Indian journal of veterinary science and animal husbandry - Volumes 18-21, 1948-1951
Year: 1948
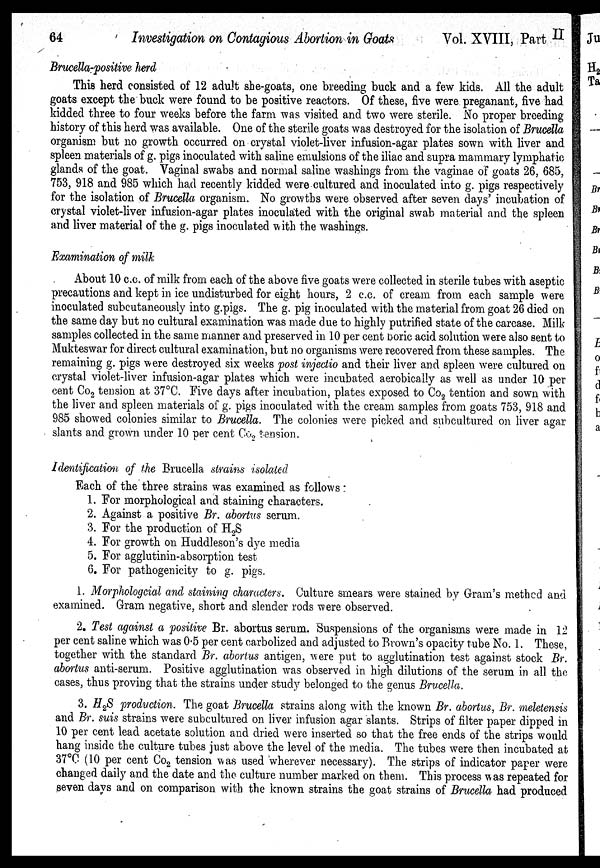
64
Investigation on Contagious Abortion in
Goats
Vol. XVIII, Part II
Brucella-positive herd
This herd consisted of 12 adult she-goats, one breeding buck and a few kids. All the adult
goats except the buck were found to be positive reactors. Of these, five were preganant, five had
kidded three to four weeks before the farm was visited and two were sterile. No proper breeding
history of this herd was available. One of the sterile goats was destroyed for the isolation of Brucella
organism but no growth occurred on crystal violet-liver infusion-agar plates sown with liver and
spleen materials of g. pigs inoculated with saline emulsions of the iliac and supra mammary lymphatic
glands of the goat. Vaginal swabs and normal saline washings from the vaginae of goats 26, 685,
753, 918 and 985 which had recently kidded were cultured and inoculated into g. pigs respectively
for the isolation of Brucella organism. No growths were observed after seven days' incubation of
crystal violet-liver infusion-agar plates inoculated with the original swab material and the spleen
and liver material of the g. pigs inoculated with the washings.
Examination of milk
About 10 c.c. of milk from each of the above five goats were collected in sterile tubes with aseptic
precautions and kept in ice undisturbed for eight hours, 2 c.c. of cream from each sample were
inoculated subcutaneously into g.pigs. The g. pig inoculated with the material from goat 26 died on
the same day but no cultural examination was made due to highly putrified state of the carcase. Milk
samples collected in the same manner and preserved in 10 per cent boric acid solution were also sent to
Mukteswar for direct cultural examination, but no organisms were recovered from these samples. The
remaining g. pigs were destroyed six weeks post injectio and their liver and spleen were cultured on
crystal violet-liver infusion-agar plates which were incubated aerobically as well as under 10 per
cent Co 2 tension at 37°C. Five days after incubation, plates exposed to Co 2 tention and sown with
the liver and spleen materials of g. pigs inoculated with the cream samples from goats 753, 918 and
985 showed colonies similar to Brucella. The colonies were picked and subcultured on liver agar
slants and grown under 10 per cent Co 2 tension.
Identification of the Brucella strains isolated
Each of the three strains was examined as follows:
1. For morphological and staining characters.
2. Against a positive Br. abortus serum.
3. For the production of H 2 S
4. For growth on Huddleson's dye media
5. For agglutinin-absorption test
6. For pathogenicity to g. pigs.
1. Morphologcial and staining characters. Culture smears were stained by Gram's method and
examined. Gram negative, short and slender rods were observed.
2. Test against a positive Br. abortus serum. Suspensions of the organisms were made in 12
per cent saline which was 0.5 per cent carbolized and adjusted to Brown's opacity tube No. 1. These,
together with the standard Br. abortus antigen, were put to agglutination test against stock Br.
abortus anti-serum. Positive agglutination was observed in high dilutions of the serum in all the
cases, thus proving that the strains under study belonged to the genus Brucella.
3. H 2 S production. The goat Brucella strains along with the known Br. abortus, Br. meletensis
and Br. suis strains were subcultured on liver infusion agar slants. Strips of filter paper dipped in
10 per cent lead acetate solution and dried were inserted so that the free ends of the strips would
hang inside the culture tubes just above the level of the media. The tubes were then incubated at
37°C (10 per cent Co 2 tension was used wherever necessary). The strips of indicator paper were
changed daily and the date and the culture number marked on them. This process was repeated for
seven days and on comparison with the known strains the goat strains of Brucella had produced